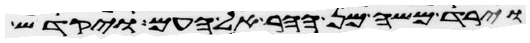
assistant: וירד משה מן ההר אל העם ויקדש